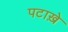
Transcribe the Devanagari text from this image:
पटाख़े